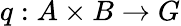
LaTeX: q:A\times B\to G